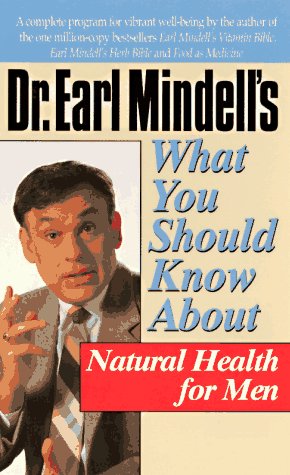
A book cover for Dr. Earl Mindell's What You Should Know About Natural Health for Men; Earl Mindell; Health, Fitness & Dieting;